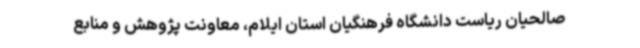
صالحیان ریاست دانشگاه فرهنگیان استان ایلام، معاونت پژوهش و منابع